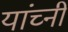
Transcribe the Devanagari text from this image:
यांच्नी